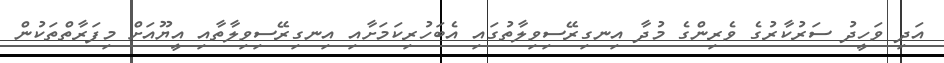
އަދި ވަހީދު ސަރުކާރުގެ ވެރިންގެ މުދާ އިނގިރޭސިވިލާތުގައި އެބަހުރިކަމަށާއި އިނގިރޭސިވިލާތާއި އީޔޫއަށް މިފަރާތްތަކުން